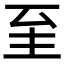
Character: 𦤳